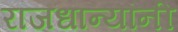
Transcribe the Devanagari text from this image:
राजधान्यांनी